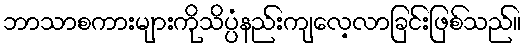
ဘာသာစကားများကိုသိပ္ပံနည်းကျလေ့လာခြင်းဖြစ်သည်။